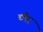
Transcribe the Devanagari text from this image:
ब्लैट्र